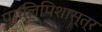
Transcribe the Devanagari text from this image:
पुरालिपिशास्त्र